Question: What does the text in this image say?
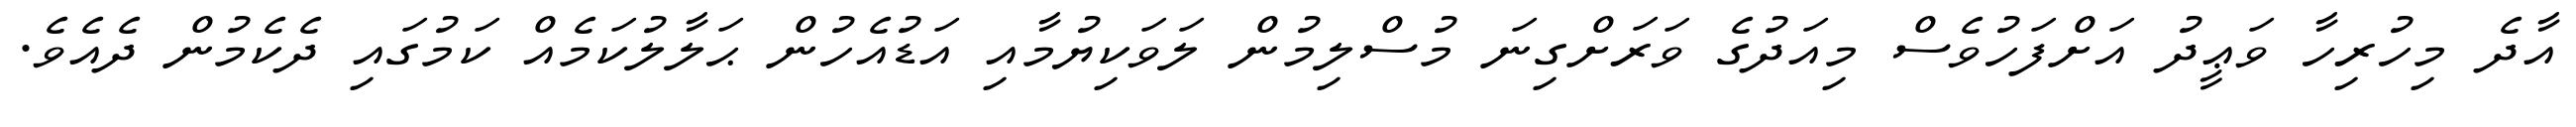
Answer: އާދެ މިހުރިހާ ވަޢީދު އަށްފަހުވެސް މިއަދުގެ ވަރަށްގިނަ މުސްލިމުން ލަވަކިޔުމާއި އަޑުއެހުން ޙަލާލުކަމެއް ކަމުގައި ދެކެމުން ދެއެވެ.